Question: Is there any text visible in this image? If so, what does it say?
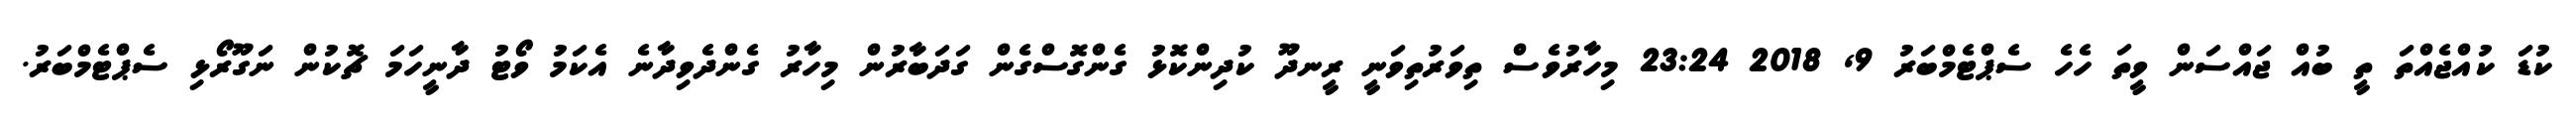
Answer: ކުޑަ ކުއްޖެއްތަ ތީ ބުއް ޖައްސަން ވީތަ ހެހެ ސެޕްޓެމްބަރު 9, 2018 23:24 މިހާރުވެސް ތިވަރުތިވަނީ ރީނދޫ ކުދިންކޮޅު ގެންގޮސްގެން ގަދަބާރުން މިހާރު ގެންދެވިދާނެ އެކަމު ވޯޓު ދާނީހަމަ ޗޮކުން ނަގޫރޯޅި ސެޕްޓެމްބަރު.